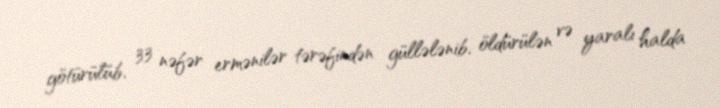
götürülüb, 33 nəfər ermənilər tərəfindən güllələnib, öldürülən və yaralı halda